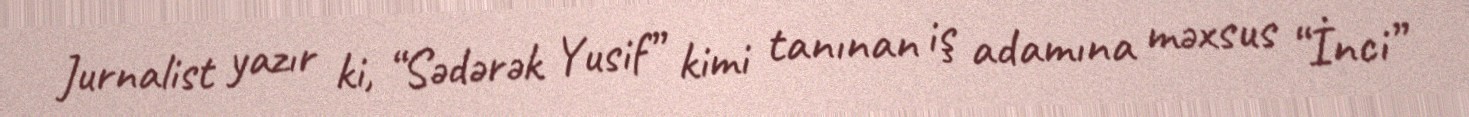
Jurnalist yazır ki, “Sədərək Yusif” kimi tanınan iş adamına məxsus “İnci”